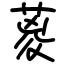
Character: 葼